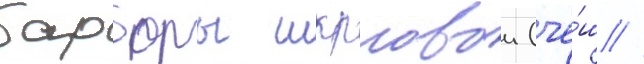
барборы шкрловои (че́ш //